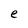
Character: e